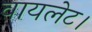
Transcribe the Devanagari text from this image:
वायलेट।